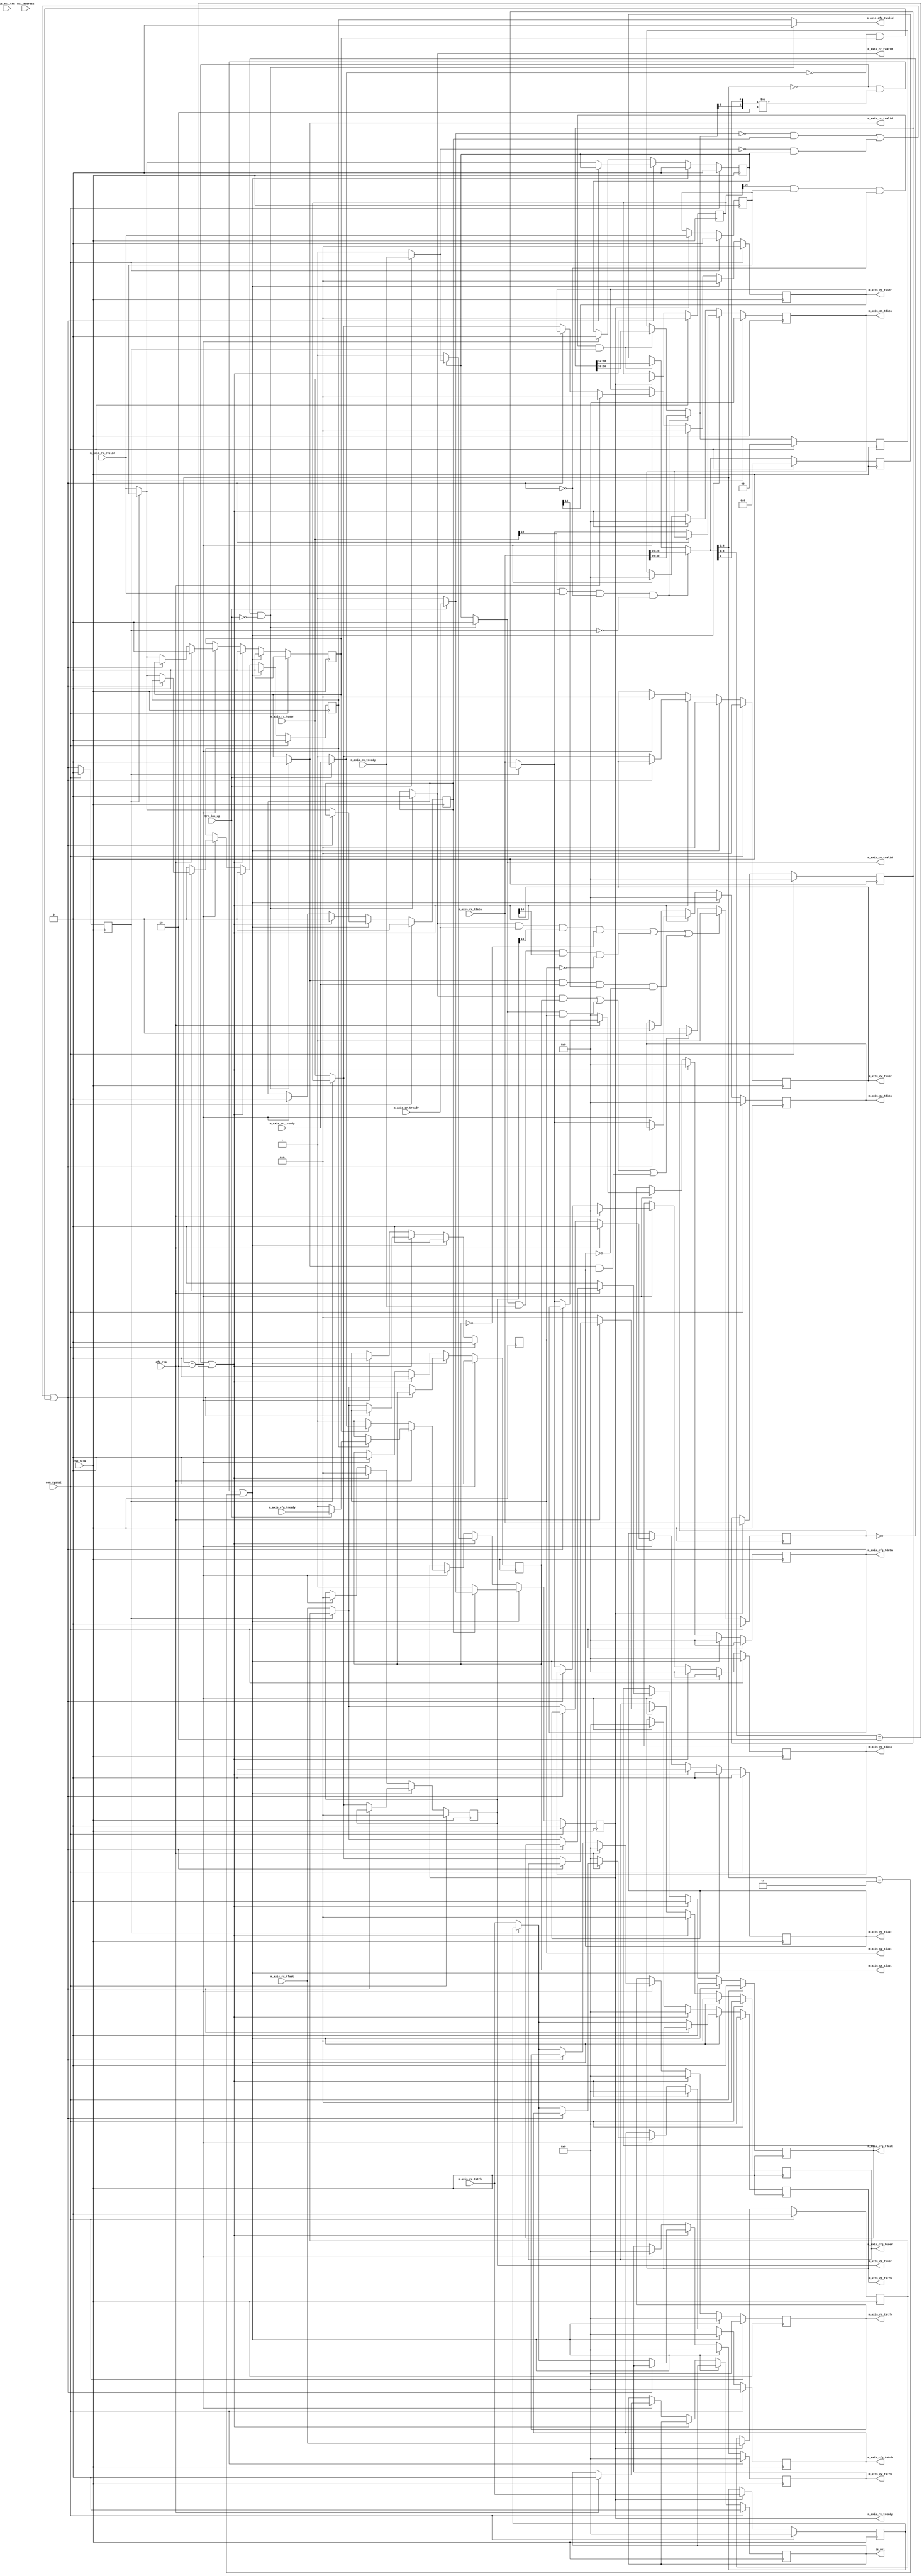
//----------------------------------------------------------------------------//
//                                                                            //
//  Description:                                                              //
//  Demultiplexing the received AXI packet from the pipeline/ destraddler     //
//  onto the AXI -CR, AXI- CW or the AXI -RC interface                        //
//                                                                            //
//  Notes:                                                                    //
//  Optional notes section.                                                   //
//                                                                            //
//  Hierarchical:                                                             //
//    axi_enhanced_top                                                        //
//      axi_enhanced_rx                                                       //
//        axi_enhanced_rx_demux                                               //
//                                                                            //
//----------------------------------------------------------------------------//

`timescale 1ps/1ps

module axi_pcie_v1_08_a_axi_enhanced_rx_demux #(
  parameter C_DATA_WIDTH = 32,             // RX/TX interface data width
  parameter C_FAMILY = "X7",               // Targeted FPGA family
  parameter C_RX_PRESERVE_ORDER = "FALSE", // Preserve Wr/Rd ordering of packets
  parameter C_RX_REALIGN = "TRUE",         // specifies whether Relalignment is enabled or not
  parameter C_ROOT_PORT = "FALSE",         // specifies whether the core work as Root or EP
  parameter TCQ = 1,                       // Clock to Q time

  // Do not override parameters below this line
  parameter REM_WIDTH  = (C_DATA_WIDTH == 128) ? 2 : 1, // trem/rrem width
  parameter RBAR_WIDTH = (C_FAMILY == "X7") ? 8 : 7,    // trn_rbar_hit width
  parameter STRB_WIDTH = C_DATA_WIDTH / 8               // TSTRB width
  ) (

  //-------------------------------------------------
  // AXI-S RX Interface to the data pipeline
  //-------------------------------------------------
  input      [C_DATA_WIDTH-1:0] m_axis_rx_tdata,     // RX data
  input                         m_axis_rx_tvalid,    // RX data is valid
  output reg                    m_axis_rx_tready,    // RX ready for data
  input        [STRB_WIDTH-1:0] m_axis_rx_tstrb,     // RX strobe byte enables
  input                         m_axis_rx_tlast,     // RX data is last
  input                  [21:0] m_axis_rx_tuser,     // RX user signals

  input                         is_msi_trn,

  //-------------------------------------------------
  // AXI-S CR interface
  //-------------------------------------------------

  output reg [C_DATA_WIDTH-1:0] m_axis_cr_tdata,     // CR data
  output                        m_axis_cr_tvalid,    // CR data is valid
  input                         m_axis_cr_tready,    // CR ready for data
  output reg   [STRB_WIDTH-1:0] m_axis_cr_tstrb,     // CR strobe byte enables
  output reg                    m_axis_cr_tlast,     // CR data is last
  output reg             [21:0] m_axis_cr_tuser,     // CR user signals

  //-------------------------------------------------
  // AXI-S CW interface
  //-------------------------------------------------

  output reg [C_DATA_WIDTH-1:0] m_axis_cw_tdata,     // CW data
  output                        m_axis_cw_tvalid,    // CW data is valid
  input                         m_axis_cw_tready,    // CW ready for data
  output reg   [STRB_WIDTH-1:0] m_axis_cw_tstrb,     // CW strobe byte enables
  output reg                    m_axis_cw_tlast,     // CW data is last
  output reg             [21:0] m_axis_cw_tuser,     // CW user signals

  //-------------------------------------------------
  // AXI-S RC interface
  //-------------------------------------------------

  output reg [C_DATA_WIDTH-1:0] m_axis_rc_tdata,     // RC data
  output                        m_axis_rc_tvalid,    // RC data is valid
  input                         m_axis_rc_tready,    // RC ready for data
  output reg   [STRB_WIDTH-1:0] m_axis_rc_tstrb,     // RC strobe byte enables
  output reg                    m_axis_rc_tlast,     // RC data is last
  output reg             [21:0] m_axis_rc_tuser,     // RC user signals

  //-------------------------------------------------
  // AXI-S Cfg interface
  //-------------------------------------------------

  output reg [C_DATA_WIDTH-1:0] m_axis_cfg_tdata,     // CFG data
  output                        m_axis_cfg_tvalid,    // CFG data is valid
  input                         m_axis_cfg_tready,    // CFG ready for data
  output reg   [STRB_WIDTH-1:0] m_axis_cfg_tstrb,     // CFG strobe byte enables
  output reg                    m_axis_cfg_tlast,     // CFG data is last
  output reg             [21:0] m_axis_cfg_tuser,     // CFG user signals
  output reg                    is_msi,               // to indicate if the packet is MSI / Cfg Cpl
  input                  [63:0] msi_address,          // MSI Base address from the config block

  //-------------------------------------------------
  // System I/Os
  //-------------------------------------------------
  input                         com_iclk,            // user clock from block
  input                         com_sysrst,          // user reset from block
  input                         trn_lnk_up,          // TRN link up signal
  input                         cfg_req              // indicates whether user is waiting for a NP cpl
);

//*****************************************************************************************************
// Internal registers and wires
//*****************************************************************************************************

   reg              [1:0] pkt_fmt;                    // Indicates the packet format
   reg              [4:0] pkt_type;                   // Indicates the packet type
   reg              [1:0] pkt_fmt_prev;               // Indicates the packet format
   reg              [4:0] pkt_type_prev;              // Indicates the packet type
   reg              [1:0] pkt_type_p_np_cpl_cfg;      // Register to indicate posted / non posted / cpl / cfg pkts
   reg             [63:0] pkt_addr;                   // To Hold the pkt address in Memory Write TLPs
   reg             [63:0] pkt_addr_d;                 // Delayed version
   wire                   is_sof;                     // To indicate the dtart of frame
   reg                    is_sof_d;                   // Register to hold the start of frame
   wire                   data_hold_demux;               // Wire to Indicate the data hold on the CR interface
   reg                    data_prev_demux;               // register to indicate the prev data to be transmitted on CR

//*****************************************************************************************************
// Internal buffer to store the data and control signals
//*****************************************************************************************************

   reg [C_DATA_WIDTH-1:0] m_axis_rx_tdata_d;     // RX data
   reg                    m_axis_rx_tvalid_d;    // RX data is valid
   reg   [STRB_WIDTH-1:0] m_axis_rx_tstrb_d;     // RX strobe byte enables
   reg                    m_axis_rx_tlast_d;     // RX data is last
   reg             [21:0] m_axis_rx_tuser_d;     // RX user signals
   reg                    m_axis_cr_tready_d;    // CR ready for data
   reg                    m_axis_cw_tready_d;    // CW ready for data
   reg                    m_axis_rc_tready_d;    // RC ready for data
   reg                    m_axis_cfg_tready_d;   // CFG ready for data

//****************************************************************************************************
//Internal wires to select between the user ready and global ready(when link goes down)   
//****************************************************************************************************

  wire                    m_axis_cr_tready_i;
  wire                    m_axis_cw_tready_i;
  wire                    m_axis_rc_tready_i;
  wire                    m_axis_cfg_tready_i;

  reg                     m_axis_cr_tvalid_i;
  reg                     m_axis_cw_tvalid_i;
  reg                     m_axis_rc_tvalid_i;
  reg                     m_axis_cfg_tvalid_i;
  reg                     trn_in_packet;
  reg                     is_msi_trn_d;

  // trn_in_packet logic
  generate
  if(C_ROOT_PORT == "TRUE") begin : rp_trn_in_packet
    always@(posedge com_iclk) begin
      if(com_sysrst) begin
        trn_in_packet <= #TCQ 1'b0;
      end
      else begin
        // In-packet when we get tvalid && tready && sof && !eof beat
        if((m_axis_cr_tvalid && m_axis_cr_tready && m_axis_cr_tuser[14] && (!m_axis_cr_tlast)) ||
           (m_axis_cw_tvalid && m_axis_cw_tready && m_axis_cw_tuser[14] && (!m_axis_cw_tlast)) ||
           (m_axis_rc_tvalid && m_axis_rc_tready && m_axis_rc_tuser[14] && (!m_axis_rc_tlast)) ||
           (m_axis_cfg_tvalid && m_axis_cfg_tready && m_axis_cfg_tuser[14] && (!m_axis_cfg_tlast))) begin
          trn_in_packet <= #TCQ 1'b1;
        end
        // considering that mm bridge never back throttles in mid-packet reception
        else if((m_axis_cr_tvalid && m_axis_cr_tlast && m_axis_cr_tready_i) ||
                (m_axis_cw_tvalid && m_axis_cw_tlast && m_axis_cw_tready_i) ||
                (m_axis_rc_tvalid && m_axis_rc_tlast && m_axis_rc_tready_i) ||
                (m_axis_cfg_tvalid && m_axis_cfg_tlast && m_axis_cfg_tready_i)) begin
          trn_in_packet <= #TCQ 1'b0;
        end
      end
    end

    // Delayed version of is_msi_trn signal
    always@(posedge com_iclk) begin
      if(com_sysrst) begin
        is_msi_trn_d <= #TCQ 1'b0;
      end
      else begin
        is_msi_trn_d <= #TCQ is_msi_trn;
      end
    end

  end // rp_trn_in_packet
  else begin : ep_trn_in_packet
    always@(posedge com_iclk) begin
      if(com_sysrst) begin
        trn_in_packet <= #TCQ 1'b0;
        is_msi_trn_d  <= #TCQ 1'b0;
      end
      else begin
        // In-packet when we get tvalid && tready && sof && !eof beat
        if((m_axis_cr_tvalid && m_axis_cr_tready && m_axis_cr_tuser[14] && (!m_axis_cr_tlast)) ||
           (m_axis_cw_tvalid && m_axis_cw_tready && m_axis_cw_tuser[14] && (!m_axis_cw_tlast)) ||
           (m_axis_rc_tvalid && m_axis_rc_tready && m_axis_rc_tuser[14] && (!m_axis_rc_tlast))) begin
          trn_in_packet <= #TCQ 1'b1;
        end
        // considering that mm bridge never back throttles in mid-packet reception
        else if((m_axis_cr_tvalid && m_axis_cr_tlast) ||
                (m_axis_cw_tvalid && m_axis_cw_tlast) ||
                (m_axis_rc_tvalid && m_axis_rc_tlast)) begin
          trn_in_packet <= #TCQ 1'b0;
        end
      end
    end
  end // ep_trn_in_packet
  endgenerate

  assign m_axis_cr_tready_i  = trn_lnk_up? m_axis_cr_tready  : 1'b1;
  assign m_axis_cw_tready_i  = trn_lnk_up? m_axis_cw_tready  : 1'b1;
  assign m_axis_rc_tready_i  = trn_lnk_up? m_axis_rc_tready  : 1'b1;
  assign m_axis_cfg_tready_i = trn_lnk_up? m_axis_cfg_tready : 1'b1;

  assign m_axis_cr_tvalid    = ((!trn_in_packet) && (!trn_lnk_up)) ? 1'b0 : m_axis_cr_tvalid_i;
  assign m_axis_cw_tvalid    = ((!trn_in_packet) && (!trn_lnk_up)) ? 1'b0 : m_axis_cw_tvalid_i;
  assign m_axis_rc_tvalid    = ((!trn_in_packet) && (!trn_lnk_up)) ? 1'b0 : m_axis_rc_tvalid_i;
  assign m_axis_cfg_tvalid   = ((!trn_in_packet) && (!trn_lnk_up)) ? 1'b0 : m_axis_cfg_tvalid_i;
  // Local Parameters

  localparam NONPOSTED = 2'b00;
  localparam POSTED    = 2'b01;
  localparam CPL       = 2'b10;
  localparam CFG       = 2'b11;

generate
  if(C_ROOT_PORT == "FALSE") begin : endpoint_demux_hold
  assign data_hold_demux  = ((!m_axis_cr_tready_i && m_axis_cr_tvalid_i)||(!m_axis_cw_tready_i && m_axis_cw_tvalid_i) ||
                             (!m_axis_rc_tready_i && m_axis_rc_tvalid_i));
  end // endpoint_demux_hold
  else begin : rootport_demux_hold
  assign data_hold_demux  = ((!m_axis_cr_tready_i && m_axis_cr_tvalid_i)||(!m_axis_cw_tready_i && m_axis_cw_tvalid_i) ||
                            (!m_axis_rc_tready_i && m_axis_rc_tvalid_i)||(!m_axis_cfg_tready_i && m_axis_cfg_tvalid_i));
  end // rootport_demux_hold
endgenerate

  always @(posedge com_iclk) begin
    if(com_sysrst) begin
      data_prev_demux  <= #TCQ 1'b0;
    end
    else begin
      data_prev_demux  <= #TCQ data_hold_demux;
    end
  end

//---------------------------------------------------------------------
// Fetch the Packet address in case of Memory Write TLPs
// Used in case of 128 bit data with Realignment Enabled
generate
  if(C_DATA_WIDTH == 128) begin :specific_to_128
    
    always @(*) begin
      if(m_axis_rx_tuser[14] && m_axis_rx_tvalid && !data_hold_demux && !data_prev_demux) begin
        pkt_addr = (m_axis_rx_tdata[29]) ? {m_axis_rx_tdata[95:64], m_axis_rx_tdata[127:96]} : {32'b0, m_axis_rx_tdata[95:64]};
      end
      else if (m_axis_rx_tuser_d[14] && m_axis_rx_tvalid_d && !data_hold_demux && data_prev_demux) begin
        pkt_addr = (m_axis_rx_tdata_d[29]) ? {m_axis_rx_tdata_d[95:64], m_axis_rx_tdata_d[127:96]}:{32'b0, m_axis_rx_tdata_d[95:64]};
      end
      else begin
        pkt_addr = pkt_addr_d;
      end
    end

    always@(posedge com_iclk) begin
      if(com_sysrst) begin
        pkt_addr_d  <= #TCQ 64'b0;
      end
      else begin
        pkt_addr_d  <= #TCQ pkt_addr;
      end
    end
  end
endgenerate

  always @(*) begin
    if(m_axis_rx_tuser[14] && m_axis_rx_tvalid && !data_hold_demux && !data_prev_demux) begin
      pkt_fmt  = m_axis_rx_tdata[30:29]; // get the packet format of a new packet
      pkt_type = m_axis_rx_tdata[28:24]; // get the packet type of a new packet
    end
    else if(m_axis_rx_tuser_d[14] && m_axis_rx_tvalid_d && !data_hold_demux && data_prev_demux) begin
      pkt_fmt  = m_axis_rx_tdata_d[30:29];
      pkt_type = m_axis_rx_tdata_d[28:24];
    end
    else begin
      pkt_fmt  = pkt_fmt_prev;
      pkt_type = pkt_type_prev;
    end
  end

  always @(posedge com_iclk) begin
    if(com_sysrst) begin
      pkt_fmt_prev  <= #TCQ 2'b00;
      pkt_type_prev <= #TCQ 5'h00;
    end
    else begin
      pkt_fmt_prev  <= #TCQ pkt_fmt;
      pkt_type_prev <= #TCQ pkt_type;
    end
  end

  // Store the data and control signals in the internal buffer
  always @ (posedge com_iclk) begin
    if(com_sysrst) begin
      m_axis_rx_tdata_d     <= #TCQ {C_DATA_WIDTH{1'b0}};
      m_axis_rx_tvalid_d    <= #TCQ 1'b0;
      m_axis_rx_tstrb_d     <= #TCQ {STRB_WIDTH{1'b0}};
      m_axis_rx_tlast_d     <= #TCQ 1'b0;
      m_axis_rx_tuser_d     <= #TCQ 22'b0;
      m_axis_cr_tready_d    <= #TCQ 1'b0;
      m_axis_cw_tready_d    <= #TCQ 1'b0;
      m_axis_rc_tready_d    <= #TCQ 1'b0;
      m_axis_cfg_tready_d   <= #TCQ 1'b0;
    end
    else begin
      if(m_axis_rx_tready) begin
        m_axis_rx_tdata_d   <= #TCQ m_axis_rx_tdata;     // RX data
        m_axis_rx_tvalid_d  <= #TCQ m_axis_rx_tvalid;    // RX data is valid
        m_axis_rx_tstrb_d   <= #TCQ m_axis_rx_tstrb;     // RX strobe byte enables
        m_axis_rx_tlast_d   <= #TCQ m_axis_rx_tlast;     // RX data is last
        m_axis_rx_tuser_d   <= #TCQ m_axis_rx_tuser;     // RX tuser (contains is_sof and is_eof)
        m_axis_cr_tready_d  <= #TCQ m_axis_cr_tready_i;    // CR Tready signal
        m_axis_cw_tready_d  <= #TCQ m_axis_cw_tready_i;    // CW Tready signal
        m_axis_rc_tready_d  <= #TCQ m_axis_rc_tready_i;    // RC Tready signal
        m_axis_cfg_tready_d <= #TCQ m_axis_cfg_tready_i;   // CFG Tready signal
      end
   end
  end

  //-------------------------------------------------------------------------------------------------
  // Check for the packet type using the pkt_fmt and pkt_type for Posted or Non Posted or Completions
  // Configutation completions / MSI packets
  //-------------------------------------------------------------------------------------------------
  //       Signal         |   Value  |  Indicates
  //-------------------------------------------------------------------------------------------------
  //pkt_type_p_np_cpl_cfg |   2'b00  |  Non posted
  //                      |   2'b01  |  Posted
  //                      |   2'b10  |  Completion
  //                      |   2`b11  |  Config Completion / MSI
  //-------------------------------------------------------------------------------------------------

  always @(posedge com_iclk)
  begin
    if(com_sysrst) begin
      pkt_type_p_np_cpl_cfg <= #TCQ 2'b00;
      m_axis_cr_tdata       <= #TCQ {C_DATA_WIDTH{1'b0}};
      m_axis_cr_tvalid_i    <= #TCQ 1'b0;
      m_axis_cr_tlast       <= #TCQ 1'b0;
      m_axis_cr_tstrb       <= #TCQ {STRB_WIDTH{1'b0}};
      m_axis_cr_tuser       <= #TCQ 22'b0;
      m_axis_cw_tdata       <= #TCQ {C_DATA_WIDTH{1'b0}};
      m_axis_cw_tvalid_i    <= #TCQ 1'b0;
      m_axis_cw_tlast       <= #TCQ 1'b0;
      m_axis_cw_tstrb       <= #TCQ {STRB_WIDTH{1'b0}};
      m_axis_cw_tuser       <= #TCQ 22'b0;
      m_axis_rc_tdata       <= #TCQ {C_DATA_WIDTH{1'b0}};
      m_axis_rc_tvalid_i    <= #TCQ 1'b0;
      m_axis_rc_tlast       <= #TCQ 1'b0;
      m_axis_rc_tstrb       <= #TCQ {STRB_WIDTH{1'b0}};
      m_axis_rc_tuser       <= #TCQ 22'b0;
      m_axis_cfg_tdata      <= #TCQ {C_DATA_WIDTH{1'b0}};
      m_axis_cfg_tvalid_i   <= #TCQ 1'b0;
      m_axis_cfg_tlast      <= #TCQ 1'b0;
      m_axis_cfg_tstrb      <= #TCQ {STRB_WIDTH{1'b0}};
      m_axis_cfg_tuser      <= #TCQ 22'b0;
      m_axis_rx_tready      <= #TCQ 1'b0;
      is_msi                <= #TCQ 1'b0;
    end
    else begin
    // Nam - added according to Manish's input
      // coverage off -item b 1 -allfalse
      if((pkt_type[4:2] == 3'b000 && ({pkt_fmt[1],pkt_type[1]} != 2'b10)) || (pkt_type[4:2] == 3'b011)) begin
        pkt_type_p_np_cpl_cfg <= #TCQ NONPOSTED;
        m_axis_cw_tdata       <= #TCQ {C_DATA_WIDTH{1'b0}};
        m_axis_cw_tvalid_i    <= #TCQ 1'b0;
        m_axis_cw_tlast       <= #TCQ 1'b0;
        m_axis_cw_tstrb       <= #TCQ {STRB_WIDTH{1'b0}};
        m_axis_cw_tuser       <= #TCQ 22'b0;
        m_axis_rc_tdata       <= #TCQ {C_DATA_WIDTH{1'b0}};
        m_axis_rc_tvalid_i    <= #TCQ 1'b0;
        m_axis_rc_tlast       <= #TCQ 1'b0;
        m_axis_rc_tstrb       <= #TCQ {STRB_WIDTH{1'b0}};
        m_axis_rc_tuser       <= #TCQ 22'b0;
        m_axis_cfg_tdata      <= #TCQ {C_DATA_WIDTH{1'b0}};
        m_axis_cfg_tvalid_i   <= #TCQ 1'b0;
        m_axis_cfg_tlast      <= #TCQ 1'b0;
        m_axis_cfg_tstrb      <= #TCQ {STRB_WIDTH{1'b0}};
        m_axis_cfg_tuser      <= #TCQ 22'b0;

        // Check for user throttle of m_axis_cr_tready

        if(!data_hold_demux) begin
          if(data_prev_demux) begin // send previous data
            m_axis_cr_tdata       <= #TCQ m_axis_rx_tdata_d;
            m_axis_cr_tvalid_i    <= #TCQ m_axis_rx_tvalid_d;
            m_axis_cr_tlast       <= #TCQ m_axis_rx_tlast_d;
            m_axis_cr_tstrb       <= #TCQ m_axis_rx_tstrb_d;
            m_axis_cr_tuser       <= #TCQ m_axis_rx_tuser_d;
          end
          else begin             // send current data
            m_axis_cr_tdata       <= #TCQ m_axis_rx_tdata;
            m_axis_cr_tvalid_i    <= #TCQ m_axis_rx_tvalid;
            m_axis_cr_tlast       <= #TCQ m_axis_rx_tlast;
            m_axis_cr_tstrb       <= #TCQ m_axis_rx_tstrb;
            m_axis_cr_tuser       <= #TCQ m_axis_rx_tuser;
          end
        end
        else begin
            //hold data
        end

        //m_axis_rx_tready driving logic
        if(m_axis_cr_tvalid_i)
          m_axis_rx_tready <= #TCQ m_axis_cr_tready_i;
        else
          m_axis_rx_tready <= #TCQ 1'b1;
      end

      //******************************************************************************************************
      // For POSTED type packet decoding, MSI type check varies according to the 3 different data widths.
      // 32 bit data width doesnt need MSI type check
      // 64 bit data needs MSI to be checked in the 2nd data beat and hence we check this in the data pipeline
      // 128 bit with Data realigned will check MSI in the 1st data beat itself
      //******************************************************************************************************

      else if((pkt_type[4:2] == 3'b000) || (pkt_type[4:3] == 2'b10)) begin
        pkt_type_p_np_cpl_cfg <= #TCQ POSTED;

       //for 32 bit data width, we have only MWr TLPs and no MSIs
        if(C_DATA_WIDTH == 32) begin
          if(C_RX_PRESERVE_ORDER == "FALSE") begin
            m_axis_cr_tdata       <= #TCQ {C_DATA_WIDTH{1'b0}};
            m_axis_cr_tvalid_i    <= #TCQ 1'b0;
            m_axis_cr_tlast       <= #TCQ 1'b0;
            m_axis_cr_tstrb       <= #TCQ {STRB_WIDTH{1'b0}};
            m_axis_cr_tuser       <= #TCQ 22'b0;
            m_axis_rc_tdata       <= #TCQ {C_DATA_WIDTH{1'b0}};
            m_axis_rc_tvalid_i    <= #TCQ 1'b0;
            m_axis_rc_tlast       <= #TCQ 1'b0;
            m_axis_rc_tstrb       <= #TCQ {STRB_WIDTH{1'b0}};
            m_axis_rc_tuser       <= #TCQ 22'b0;
            m_axis_cfg_tdata      <= #TCQ {C_DATA_WIDTH{1'b0}};
            m_axis_cfg_tvalid_i   <= #TCQ 1'b0;
            m_axis_cfg_tlast      <= #TCQ 1'b0;
            m_axis_cfg_tstrb      <= #TCQ {STRB_WIDTH{1'b0}};
            m_axis_cfg_tuser      <= #TCQ 22'b0;  
            if(!data_hold_demux) begin
              if(data_prev_demux) begin // send previous data
                m_axis_cw_tdata       <= #TCQ m_axis_rx_tdata_d;
                m_axis_cw_tvalid_i    <= #TCQ m_axis_rx_tvalid_d;
                m_axis_cw_tlast       <= #TCQ m_axis_rx_tlast_d;
                m_axis_cw_tstrb       <= #TCQ m_axis_rx_tstrb_d;
                m_axis_cw_tuser       <= #TCQ m_axis_rx_tuser_d;
              end
              else begin  // send current data
                m_axis_cw_tdata       <= #TCQ m_axis_rx_tdata;
                m_axis_cw_tvalid_i    <= #TCQ m_axis_rx_tvalid;
                m_axis_cw_tlast       <= #TCQ m_axis_rx_tlast;
                m_axis_cw_tstrb       <= #TCQ m_axis_rx_tstrb;
                m_axis_cw_tuser       <= #TCQ m_axis_rx_tuser;
              end
            end
            else begin
                //hold data
            end

            //m_axis_rx_tready driving logic
            if(m_axis_cw_tvalid_i)
              m_axis_rx_tready <= #TCQ m_axis_cw_tready_i;
            else
              m_axis_rx_tready <= #TCQ 1'b1;
          end
          //coverage off
          else begin
            m_axis_cw_tdata       <= #TCQ {C_DATA_WIDTH{1'b0}};
            m_axis_cw_tvalid_i    <= #TCQ 1'b0;
            m_axis_cw_tlast       <= #TCQ 1'b0;
            m_axis_cw_tstrb       <= #TCQ {STRB_WIDTH{1'b0}};
            m_axis_cw_tuser       <= #TCQ 22'b0;
            m_axis_rc_tdata       <= #TCQ {C_DATA_WIDTH{1'b0}};
            m_axis_rc_tvalid_i    <= #TCQ 1'b0;
            m_axis_rc_tlast       <= #TCQ 1'b0;
            m_axis_rc_tstrb       <= #TCQ {STRB_WIDTH{1'b0}};
            m_axis_rc_tuser       <= #TCQ 22'b0;
            m_axis_cfg_tdata      <= #TCQ {C_DATA_WIDTH{1'b0}};
            m_axis_cfg_tvalid_i   <= #TCQ 1'b0;
            m_axis_cfg_tlast      <= #TCQ 1'b0;
            m_axis_cfg_tstrb      <= #TCQ {STRB_WIDTH{1'b0}};
            m_axis_cfg_tuser      <= #TCQ 22'b0;      
            if(!data_hold_demux) begin
              if(data_prev_demux) begin // send previous data
                m_axis_cr_tdata       <= #TCQ m_axis_rx_tdata_d;
                m_axis_cr_tvalid_i    <= #TCQ m_axis_rx_tvalid_d;
                m_axis_cr_tlast       <= #TCQ m_axis_rx_tlast_d;
                m_axis_cr_tstrb       <= #TCQ m_axis_rx_tstrb_d;
                m_axis_cr_tuser       <= #TCQ m_axis_rx_tuser_d;
              end
              else begin  // send current data
                m_axis_cr_tdata       <= #TCQ m_axis_rx_tdata;
                m_axis_cr_tvalid_i    <= #TCQ m_axis_rx_tvalid;
                m_axis_cr_tlast       <= #TCQ m_axis_rx_tlast;
                m_axis_cr_tstrb       <= #TCQ m_axis_rx_tstrb;
                m_axis_cr_tuser       <= #TCQ m_axis_rx_tuser;
              end
            end
            else begin
              //hold data
            end

            //  m_axis_rx_tready driving logic
            if(m_axis_cr_tvalid_i)
              m_axis_rx_tready <= #TCQ m_axis_cr_tready_i;
            else
              m_axis_rx_tready <= #TCQ 1'b1;
          end
          // coverage on    
        end // end of POSTED type for 32 bit data width

        //***************************************************************************************
        // For 64 bit data, the is_msi_trn will be input from the RX data pipeline block.
        // This is done to counter the one cycle TCQ required to decode the MSI
        //***************************************************************************************

        else if (C_DATA_WIDTH == 64) begin
          if(!((is_msi_trn_d && !m_axis_cfg_tlast) || is_msi_trn)) begin
            pkt_type_p_np_cpl_cfg <= #TCQ POSTED; // route tp CW interface
            is_msi                <= #TCQ 1'b0;

            if(C_RX_PRESERVE_ORDER == "FALSE") begin
              m_axis_cr_tdata       <= #TCQ {C_DATA_WIDTH{1'b0}};
              m_axis_cr_tvalid_i    <= #TCQ 1'b0;
              m_axis_cr_tlast       <= #TCQ 1'b0;
              m_axis_cr_tstrb       <= #TCQ {STRB_WIDTH{1'b0}};
              m_axis_cr_tuser       <= #TCQ 22'b0;
              m_axis_rc_tdata       <= #TCQ {C_DATA_WIDTH{1'b0}};
              m_axis_rc_tvalid_i    <= #TCQ 1'b0;
              m_axis_rc_tlast       <= #TCQ 1'b0;
              m_axis_rc_tstrb       <= #TCQ {STRB_WIDTH{1'b0}};
              m_axis_rc_tuser       <= #TCQ 22'b0;
              m_axis_cfg_tdata      <= #TCQ {C_DATA_WIDTH{1'b0}};
              m_axis_cfg_tvalid_i   <= #TCQ 1'b0;
              m_axis_cfg_tlast      <= #TCQ 1'b0;
              m_axis_cfg_tstrb      <= #TCQ {STRB_WIDTH{1'b0}};
              m_axis_cfg_tuser      <= #TCQ 22'b0;        
              if(!data_hold_demux) begin
                if(data_prev_demux) begin // send previous data
                  m_axis_cw_tdata       <= #TCQ m_axis_rx_tdata_d;
                  m_axis_cw_tvalid_i    <= #TCQ m_axis_rx_tvalid_d;
                  m_axis_cw_tlast       <= #TCQ m_axis_rx_tlast_d;
                  m_axis_cw_tstrb       <= #TCQ m_axis_rx_tstrb_d;
                  m_axis_cw_tuser       <= #TCQ m_axis_rx_tuser_d;
                end
                else begin  // send current data
                    m_axis_cw_tdata     <= #TCQ m_axis_rx_tdata;
                  m_axis_cw_tvalid_i    <= #TCQ m_axis_rx_tvalid;
                  m_axis_cw_tlast       <= #TCQ m_axis_rx_tlast;
                  m_axis_cw_tstrb       <= #TCQ m_axis_rx_tstrb;
                  m_axis_cw_tuser       <= #TCQ m_axis_rx_tuser;
                end
              end
              else begin
                  //hold data
              end

              //m_axis_rx_tready driving logic
              if(m_axis_cw_tvalid_i)
                m_axis_rx_tready <= #TCQ m_axis_cw_tready_i;
              else
                m_axis_rx_tready <= #TCQ 1'b1;
            end
            //coverage off
            else begin
              m_axis_cw_tdata       <= #TCQ {C_DATA_WIDTH{1'b0}};
              m_axis_cw_tvalid_i    <= #TCQ 1'b0;
              m_axis_cw_tlast       <= #TCQ 1'b0;
              m_axis_cw_tstrb       <= #TCQ {STRB_WIDTH{1'b0}};
              m_axis_cw_tuser       <= #TCQ 22'b0;
              m_axis_rc_tdata       <= #TCQ {C_DATA_WIDTH{1'b0}};
              m_axis_rc_tvalid_i    <= #TCQ 1'b0;
              m_axis_rc_tlast       <= #TCQ 1'b0;
              m_axis_rc_tstrb       <= #TCQ {STRB_WIDTH{1'b0}};
              m_axis_rc_tuser       <= #TCQ 22'b0;
              m_axis_cfg_tdata      <= #TCQ {C_DATA_WIDTH{1'b0}};
              m_axis_cfg_tvalid_i   <= #TCQ 1'b0;
              m_axis_cfg_tlast      <= #TCQ 1'b0;
              m_axis_cfg_tstrb      <= #TCQ {STRB_WIDTH{1'b0}};
              m_axis_cfg_tuser      <= #TCQ 22'b0;        
              if(!data_hold_demux) begin
                if(data_prev_demux) begin // send previous data
                  m_axis_cr_tdata       <= #TCQ m_axis_rx_tdata_d;
                  m_axis_cr_tvalid_i    <= #TCQ m_axis_rx_tvalid_d;
                  m_axis_cr_tlast       <= #TCQ m_axis_rx_tlast_d;
                  m_axis_cr_tstrb       <= #TCQ m_axis_rx_tstrb_d;
                  m_axis_cr_tuser       <= #TCQ m_axis_rx_tuser_d;
                end
                else begin  // send current data
                  m_axis_cr_tdata       <= #TCQ m_axis_rx_tdata;
                  m_axis_cr_tvalid_i    <= #TCQ m_axis_rx_tvalid;
                  m_axis_cr_tlast       <= #TCQ m_axis_rx_tlast;
                  m_axis_cr_tstrb       <= #TCQ m_axis_rx_tstrb;
                  m_axis_cr_tuser       <= #TCQ m_axis_rx_tuser;
                end
              end
              else begin
                //hold data
              end

              //  m_axis_rx_tready driving logic
              if(m_axis_cr_tvalid_i)
                m_axis_rx_tready <= #TCQ m_axis_cr_tready_i;
              else
                m_axis_rx_tready <= #TCQ 1'b1;
            end
            //coverage on  
          end
          else begin // MSI packet
            pkt_type_p_np_cpl_cfg <= #TCQ CFG;
            is_msi                <= #TCQ 1'b1;
            m_axis_cw_tdata       <= #TCQ {C_DATA_WIDTH{1'b0}};
            m_axis_cw_tvalid_i    <= #TCQ 1'b0;
            m_axis_cw_tlast       <= #TCQ 1'b0;
            m_axis_cw_tstrb       <= #TCQ {STRB_WIDTH{1'b0}};
            m_axis_cw_tuser       <= #TCQ 22'b0;
            m_axis_rc_tdata       <= #TCQ {C_DATA_WIDTH{1'b0}};
            m_axis_rc_tvalid_i    <= #TCQ 1'b0;
            m_axis_rc_tlast       <= #TCQ 1'b0;
            m_axis_rc_tstrb       <= #TCQ {STRB_WIDTH{1'b0}};
            m_axis_rc_tuser       <= #TCQ 22'b0;
            m_axis_cr_tdata       <= #TCQ {C_DATA_WIDTH{1'b0}};
            m_axis_cr_tvalid_i    <= #TCQ 1'b0;
            m_axis_cr_tlast       <= #TCQ 1'b0;
            m_axis_cr_tstrb       <= #TCQ {STRB_WIDTH{1'b0}};
            m_axis_cr_tuser       <= #TCQ 22'b0;
            if(!data_hold_demux) begin
              if(data_prev_demux) begin // send previous data
                m_axis_cfg_tdata       <= #TCQ m_axis_rx_tdata_d;
                m_axis_cfg_tvalid_i    <= #TCQ m_axis_rx_tvalid_d;
                m_axis_cfg_tlast       <= #TCQ m_axis_rx_tlast_d;
                m_axis_cfg_tstrb       <= #TCQ m_axis_rx_tstrb_d;
                m_axis_cfg_tuser       <= #TCQ m_axis_rx_tuser_d;
              end
              else begin  // send current data
                m_axis_cfg_tdata       <= #TCQ m_axis_rx_tdata;
                m_axis_cfg_tvalid_i    <= #TCQ m_axis_rx_tvalid;
                m_axis_cfg_tlast       <= #TCQ m_axis_rx_tlast;
                m_axis_cfg_tstrb       <= #TCQ m_axis_rx_tstrb;
                m_axis_cfg_tuser       <= #TCQ m_axis_rx_tuser;
              end
            end
            else begin
              //hold data
            end

            //m_axis_rx_tready driving logic
            if(m_axis_cfg_tvalid_i)
              m_axis_rx_tready <= #TCQ m_axis_cfg_tready_i;
            else
              m_axis_rx_tready <= #TCQ 1'b1;
          end
        end // End of posted type decoding for 64 bit data

        //-------------------------------------------------------------------------
        // Begining of posted type pkt decoding for 128 bit data
        //-------------------------------------------------------------------------
        else begin // 128_bit_data_posted_type_decode
          if(pkt_addr == msi_address && pkt_type[4] == 1'b0 && C_ROOT_PORT == "TRUE") begin // MSI_pkt_128
            pkt_type_p_np_cpl_cfg <= #TCQ CFG;
            is_msi                <= #TCQ 1'b1;
            m_axis_cw_tdata       <= #TCQ {C_DATA_WIDTH{1'b0}};
            m_axis_cw_tvalid_i    <= #TCQ 1'b0;
            m_axis_cw_tlast       <= #TCQ 1'b0;
            m_axis_cw_tstrb       <= #TCQ {STRB_WIDTH{1'b0}};
            m_axis_cw_tuser       <= #TCQ 22'b0;
            m_axis_rc_tdata       <= #TCQ {C_DATA_WIDTH{1'b0}};
            m_axis_rc_tvalid_i    <= #TCQ 1'b0;
            m_axis_rc_tlast       <= #TCQ 1'b0;
            m_axis_rc_tstrb       <= #TCQ {STRB_WIDTH{1'b0}};
            m_axis_rc_tuser       <= #TCQ 22'b0;
            m_axis_cr_tdata       <= #TCQ {C_DATA_WIDTH{1'b0}};
            m_axis_cr_tvalid_i    <= #TCQ 1'b0;
            m_axis_cr_tlast       <= #TCQ 1'b0;
            m_axis_cr_tstrb       <= #TCQ {STRB_WIDTH{1'b0}};
            m_axis_cr_tuser       <= #TCQ 22'b0;
            if(!data_hold_demux) begin
              if(data_prev_demux) begin // send previous data
                m_axis_cfg_tdata       <= #TCQ m_axis_rx_tdata_d;
                m_axis_cfg_tvalid_i    <= #TCQ m_axis_rx_tvalid_d;
                m_axis_cfg_tlast       <= #TCQ m_axis_rx_tlast_d;
                m_axis_cfg_tstrb       <= #TCQ m_axis_rx_tstrb_d;
                m_axis_cfg_tuser       <= #TCQ m_axis_rx_tuser_d;
              end
              else begin  // send current data
                m_axis_cfg_tdata       <= #TCQ m_axis_rx_tdata;
                m_axis_cfg_tvalid_i    <= #TCQ m_axis_rx_tvalid;
                m_axis_cfg_tlast       <= #TCQ m_axis_rx_tlast;
                m_axis_cfg_tstrb       <= #TCQ m_axis_rx_tstrb;
                m_axis_cfg_tuser       <= #TCQ m_axis_rx_tuser;
              end
            end
            else begin
              //hold data
            end

            //m_axis_rx_tready driving logic
            if(m_axis_cfg_tvalid_i)
              m_axis_rx_tready <= #TCQ m_axis_cfg_tready_i;
            else
              m_axis_rx_tready <= #TCQ 1'b1;
          end // MSI_pkt_128
          else begin : posted_pkt_128_bit
            pkt_type_p_np_cpl_cfg <= #TCQ POSTED; // route tp CW interface
            is_msi                <= #TCQ 1'b0;

            if(C_RX_PRESERVE_ORDER == "FALSE") begin
              m_axis_cfg_tdata      <= #TCQ {C_DATA_WIDTH{1'b0}};
              m_axis_cfg_tvalid_i   <= #TCQ 1'b0;
              m_axis_cfg_tlast      <= #TCQ 1'b0;
              m_axis_cfg_tstrb      <= #TCQ {STRB_WIDTH{1'b0}};
              m_axis_cfg_tuser      <= #TCQ 22'b0;
              m_axis_rc_tdata       <= #TCQ {C_DATA_WIDTH{1'b0}};
              m_axis_rc_tvalid_i    <= #TCQ 1'b0;
              m_axis_rc_tlast       <= #TCQ 1'b0;
              m_axis_rc_tstrb       <= #TCQ {STRB_WIDTH{1'b0}};
              m_axis_rc_tuser       <= #TCQ 22'b0;
              m_axis_cr_tdata       <= #TCQ {C_DATA_WIDTH{1'b0}};
              m_axis_cr_tvalid_i    <= #TCQ 1'b0;
              m_axis_cr_tlast       <= #TCQ 1'b0;
              m_axis_cr_tstrb       <= #TCQ {STRB_WIDTH{1'b0}};
              m_axis_cr_tuser       <= #TCQ 22'b0;        
              if(!data_hold_demux) begin
                if(data_prev_demux) begin // send previous data
                  m_axis_cw_tdata       <= #TCQ m_axis_rx_tdata_d;
                  m_axis_cw_tvalid_i    <= #TCQ m_axis_rx_tvalid_d;
                  m_axis_cw_tlast       <= #TCQ m_axis_rx_tlast_d;
                  m_axis_cw_tstrb       <= #TCQ m_axis_rx_tstrb_d;
                  m_axis_cw_tuser       <= #TCQ m_axis_rx_tuser_d;
                end
                else begin  // send current data
                  m_axis_cw_tdata       <= #TCQ m_axis_rx_tdata;
                  m_axis_cw_tvalid_i    <= #TCQ m_axis_rx_tvalid;
                  m_axis_cw_tlast       <= #TCQ m_axis_rx_tlast;
                  m_axis_cw_tstrb       <= #TCQ m_axis_rx_tstrb;
                  m_axis_cw_tuser       <= #TCQ m_axis_rx_tuser;
                end
              end
              else begin
                  //hold data
              end

              //m_axis_rx_tready driving logic
              if(m_axis_cw_tvalid_i)
                m_axis_rx_tready <= #TCQ m_axis_cw_tready_i;
              else
                m_axis_rx_tready <= #TCQ 1'b1;
            end
            // coverage off
            else begin
              m_axis_cfg_tdata      <= #TCQ {C_DATA_WIDTH{1'b0}};
              m_axis_cfg_tvalid_i   <= #TCQ 1'b0;
              m_axis_cfg_tlast      <= #TCQ 1'b0;
              m_axis_cfg_tstrb      <= #TCQ {STRB_WIDTH{1'b0}};
              m_axis_cfg_tuser      <= #TCQ 22'b0;
              m_axis_rc_tdata       <= #TCQ {C_DATA_WIDTH{1'b0}};
              m_axis_rc_tvalid_i    <= #TCQ 1'b0;
              m_axis_rc_tlast       <= #TCQ 1'b0;
              m_axis_rc_tstrb       <= #TCQ {STRB_WIDTH{1'b0}};
              m_axis_rc_tuser       <= #TCQ 22'b0;
              m_axis_cw_tdata       <= #TCQ {C_DATA_WIDTH{1'b0}};
              m_axis_cw_tvalid_i    <= #TCQ 1'b0;
              m_axis_cw_tlast       <= #TCQ 1'b0;
              m_axis_cw_tstrb       <= #TCQ {STRB_WIDTH{1'b0}};
              m_axis_cw_tuser       <= #TCQ 22'b0;    
              if(!data_hold_demux) begin
                if(data_prev_demux) begin // send previous data
                  m_axis_cr_tdata       <= #TCQ m_axis_rx_tdata_d;
                  m_axis_cr_tvalid_i    <= #TCQ m_axis_rx_tvalid_d;
                  m_axis_cr_tlast       <= #TCQ m_axis_rx_tlast_d;
                  m_axis_cr_tstrb       <= #TCQ m_axis_rx_tstrb_d;
                  m_axis_cr_tuser       <= #TCQ m_axis_rx_tuser_d;
                end
                else begin  // send current data
                  m_axis_cr_tdata       <= #TCQ m_axis_rx_tdata;
                  m_axis_cr_tvalid_i    <= #TCQ m_axis_rx_tvalid;
                  m_axis_cr_tlast       <= #TCQ m_axis_rx_tlast;
                  m_axis_cr_tstrb       <= #TCQ m_axis_rx_tstrb;
                  m_axis_cr_tuser       <= #TCQ m_axis_rx_tuser;
                end
              end
              else begin
                //hold data
              end

              //  m_axis_rx_tready driving logic
              if(m_axis_cr_tvalid_i)
                m_axis_rx_tready <= #TCQ m_axis_cr_tready_i;
              else
                m_axis_rx_tready <= #TCQ 1'b1;
            end
            // coverage on
          end //posted_pkt_128_bit
        end // 128_bit_data_posted_type_decode
      end // end of posted type decoding block

      //**********************************************************
      // Completion or Config Completion packet decode
      // Holds same for 32 bit, 64 bit and 128 bit aligned datas
      //**********************************************************

      else if(pkt_type[4:2] == 3'b010) begin
        if(!cfg_req) begin
          pkt_type_p_np_cpl_cfg <= #TCQ CPL; // route it to AXI -S RC interface
          m_axis_cfg_tdata      <= #TCQ {C_DATA_WIDTH{1'b0}};
          m_axis_cfg_tvalid_i   <= #TCQ 1'b0;
          m_axis_cfg_tlast      <= #TCQ 1'b0;
          m_axis_cfg_tstrb      <= #TCQ {STRB_WIDTH{1'b0}};
          m_axis_cfg_tuser      <= #TCQ 22'b0;
          m_axis_cr_tdata       <= #TCQ {C_DATA_WIDTH{1'b0}};
          m_axis_cr_tvalid_i    <= #TCQ 1'b0;
          m_axis_cr_tlast       <= #TCQ 1'b0;
          m_axis_cr_tstrb       <= #TCQ {STRB_WIDTH{1'b0}};
          m_axis_cr_tuser       <= #TCQ 22'b0;
          m_axis_cw_tdata       <= #TCQ {C_DATA_WIDTH{1'b0}};
          m_axis_cw_tvalid_i    <= #TCQ 1'b0;
          m_axis_cw_tlast       <= #TCQ 1'b0;
          m_axis_cw_tstrb       <= #TCQ {STRB_WIDTH{1'b0}};
          m_axis_cw_tuser       <= #TCQ 22'b0;
          if(!data_hold_demux) begin
            if(data_prev_demux) begin // send previous data
              m_axis_rc_tdata       <= #TCQ m_axis_rx_tdata_d;
              m_axis_rc_tvalid_i    <= #TCQ m_axis_rx_tvalid_d;
              m_axis_rc_tlast       <= #TCQ m_axis_rx_tlast_d;
              m_axis_rc_tstrb       <= #TCQ m_axis_rx_tstrb_d;
              m_axis_rc_tuser       <= #TCQ m_axis_rx_tuser_d;
            end
            else begin  // send current data
              m_axis_rc_tdata       <= #TCQ m_axis_rx_tdata;
              m_axis_rc_tvalid_i    <= #TCQ m_axis_rx_tvalid;
              m_axis_rc_tlast       <= #TCQ m_axis_rx_tlast;
              m_axis_rc_tstrb       <= #TCQ m_axis_rx_tstrb;
              m_axis_rc_tuser       <= #TCQ m_axis_rx_tuser;
            end
          end
          else begin
            //hold data
          end

          //m_axis_rx_tready driving logic
          if(m_axis_rc_tvalid_i)
            m_axis_rx_tready <= #TCQ m_axis_rc_tready_i;
          else
            m_axis_rx_tready <= #TCQ 1'b1;
        end // end of !cfg_req loop
        else begin
          pkt_type_p_np_cpl_cfg <= #TCQ CFG;
          m_axis_rc_tdata       <= #TCQ {C_DATA_WIDTH{1'b0}};
          m_axis_rc_tvalid_i    <= #TCQ 1'b0;
          m_axis_rc_tlast       <= #TCQ 1'b0;
          m_axis_rc_tstrb       <= #TCQ {STRB_WIDTH{1'b0}};
          m_axis_rc_tuser       <= #TCQ 22'b0;
          m_axis_cr_tdata       <= #TCQ {C_DATA_WIDTH{1'b0}};
          m_axis_cr_tvalid_i    <= #TCQ 1'b0;
          m_axis_cr_tlast       <= #TCQ 1'b0;
          m_axis_cr_tstrb       <= #TCQ {STRB_WIDTH{1'b0}};
          m_axis_cr_tuser       <= #TCQ 22'b0;
          m_axis_cw_tdata       <= #TCQ {C_DATA_WIDTH{1'b0}};
          m_axis_cw_tvalid_i    <= #TCQ 1'b0;
          m_axis_cw_tlast       <= #TCQ 1'b0;
          m_axis_cw_tstrb       <= #TCQ {STRB_WIDTH{1'b0}};
          m_axis_cw_tuser       <= #TCQ 22'b0;
          is_msi                <= #TCQ 22'b0;
          if(!data_hold_demux) begin
            if(data_prev_demux) begin // send previous data
              m_axis_cfg_tdata       <= #TCQ m_axis_rx_tdata_d;
              m_axis_cfg_tvalid_i    <= #TCQ m_axis_rx_tvalid_d;
              m_axis_cfg_tlast       <= #TCQ m_axis_rx_tlast_d;
              m_axis_cfg_tstrb       <= #TCQ m_axis_rx_tstrb_d;
              m_axis_cfg_tuser       <= #TCQ m_axis_rx_tuser_d;
            end
            else begin  // send current data
              m_axis_cfg_tdata       <= #TCQ m_axis_rx_tdata;
              m_axis_cfg_tvalid_i    <= #TCQ m_axis_rx_tvalid;
              m_axis_cfg_tlast       <= #TCQ m_axis_rx_tlast;
              m_axis_cfg_tstrb       <= #TCQ m_axis_rx_tstrb;
              m_axis_cfg_tuser       <= #TCQ m_axis_rx_tuser;
            end
          end
          else begin
            //hold data
          end

          //m_axis_rx_tready driving logic
          if(m_axis_cfg_tvalid_i)
            m_axis_rx_tready <= #TCQ m_axis_cfg_tready_i;
          else
            m_axis_rx_tready <= #TCQ 1'b1;
        end
      end
    end // reset else block end
  end // end of decoding block

endmodule